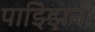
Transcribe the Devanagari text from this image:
पाझ्झिनी